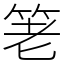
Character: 䇭